Report of the Indian Hemp Drugs Commission, 1894-1895 - Volume VII
Year: 1894
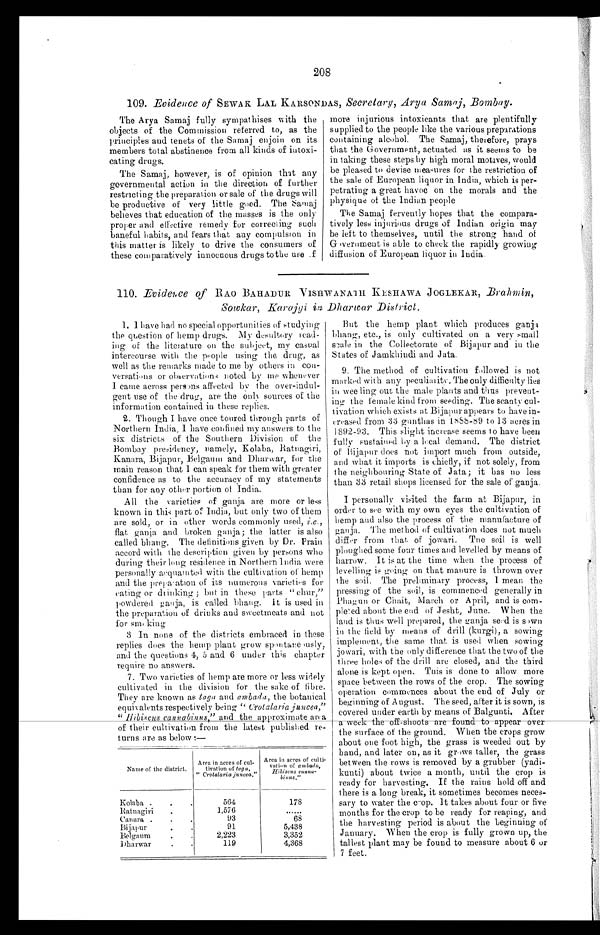
208
109. Evidence of SEWAR LAL KARSONDAS, Secretary, Arya Samaj, Bombay.
The Arya Samaj fully sympathises with the
objects of the Commission referred to, as the
principles and tenets of the Samaj enjoin on its
members total abstinence from all kinds of intoxi-
cating drugs.
The Samaj, however, is of opinion that any
governmental action in the direction of further
restricting the preparation or sale of the drugs will
be productive of very little good. The Samaj
believes that education of the masses is the only
proper and effective remedy for correcting such
baneful habits, and fears that any compulsion in
this matter is likely to drive the consumers of
these comparatively innocuous drugs to the use of
more injurious intoxicants that are plentifully
supplied to the people like the various preparations
containing alcohol. The Samaj, therefore, prays
that the Government, actuated as it seems to be
in taking these steps by high moral motives, would
be pleased to devise measures for the restriction of
the sale of European liquor in India, which is per-
petrating a great havoc on the morals and the
physique of the Indian people
The Samaj fervently hopes that the compara-
tively less injurious drugs of Indian origin may
be left to themselves, until the strong hand of
Government is able to cheek the rapidly growing
diffusion of European liquor in India.
110 . Evidence of RAO BAHADUR VISHWANATH KESHAWA JOGLEKAR, Brahmin,
Sowkar, Karajgi in Dharwar District.
1.
I have had no special opportunities of studying
the question of hemp drugs. My desultory read-
ing of the literature on the subject, my casual
intercourse with the people using the drug, as
well as the remarks made to me by others in
con-versations or observations noted by me whenever
I came across persons affected by the over-indul-
gent use of the drug, are the only sources of the
information contained in these replies.
2. Though I have once toured through parts of
Northern India, I have confined my answers to the
six districts of the Southern Division of the
Bombay presidency, namely, Kolaba, Ratnagiri,
Kanara, Bijapur, Belgaum and Dharwar, for the
main reason that I can speak for them with greater
confidence as to the accuracy of my statements
than for any other portion of India.
All the varieties of ganja are more or less
known in this part of India, but only two of them
are sold, or in other words commonly used, i.e .,
flat ganja and broken ganja; the latter is also
called bhang. The definitions given by Dr. Prain
accord with the description given by persons who
during their long residence in Northern India were
personally acquainted with the cultivation of hemp
and the preparation of its numerous varieties for
eating or drinking ; but in these parts '' chur,"
powdered gauja, is called bhang. it is used in
the preparation of drinks and sweetmeats and not
for smoking
3 In none of the districts embraced in these
replies does the hemp plant grow spontaneously,
and the questions 4, 5 and 6 under this chapter
require no answers.
7. Two varieties of hemp are more or less widely
cultivated in the division for the sake of fibre.
They are known as toga and ambada, the botanical
equivalents respectively being " Crotalaria juncea,"
" Hibiscus cannabinus," and the approximate area
of their cultivation from the latest published re-
turns are as below:—
Name of the district.
Area inacres of cul-
tivation of t a g a ,
"Crotalaria juncea."
Area in acres of
c u l t i -
v a t i o n o f a m b a d a ,
Hibiscus
c a n n a -
binus."
Kolaba .
.
.
564
178
Ratnagiri
.
1,576
......
Canara .
,
.
93
68
Bijapur . .
91
5,438
Belgaum . .
2,223
3,352
Dharwar
.
.
119
4,368
But the hemp plant which produces ganja
bhang, etc., is only cultivated on a very small
seale in the Collectorate of Bijapur and in the
States of Jamkhindi and Jata.
9. The method of cultivation followed is not
marked with any peculiarity. The only difficulty lies
in wee ling out the male plants and thus prevent-
ing the female kind from seeding. The scanty cul-
tivation which exists at Bijapur appears to have in-
creased from 33 gunthas in 1888-89 to 13 acres in
1892-93. This slight increase seems to have been
fully sustained by lecal demand. The district
of Bijapur does not import much from outside,
and what it imports is chiefly, if not solely, from
the neighbouring State of Jata; it has no less
than 33 retail shops licensed for the sale of ganja.
I personally visited the farm at Bijapur, in
order to see with my own eyes the cultivation of
hemp and also the process of the manufacture of
ganja. The method of cultivation does not much
differ from that, of jowari. Tee soil is well
ploughed some four times and levelled by means of
harrow. It is at the time when the process of
levelling is going on that manure is thrown over
the soil. The preliminary process, I mean the
pressing of the soil, is commenced generally in
Phagun or Chait, March or April, and is com-
pleted about the end of Jesht, June. When the
laud is thus well prepared, the ganja seed is sown
in the field by means of drill (kurgi), a sowing
implement, the same that is used when sowing
jowari, with the only difference that the two of the
three holes of the drill are closed, and the third
alone is kept open. This is done to allow more
space between the rows of the crop. The sowing
operation commences about the end of July or
beginning of August. The seed, after it is sown, is
covered under earth by means of Balgunti. After
a w e e k t h e o f f - s h o o t s a r e f o u n d t o a p p e a r o v e r
the surface of the ground. When the crops grow
about one foot high, the grass is weeded out by
hand, and later on, as it grows taller, the grass
between the rows is removed by a grubber (yadi-
kunti) about twice a month, until the crop is
ready for harvesting. If the rains hold off and
there is a long break, it sometimes becomes neces-
sary to water the crop. It takes about four or five
months for tile crop to be ready for reaping, and
the harvesting period is about the beginning of
January. When the crop is fully grown up, the
tallest plant may be found to measure about 6 or
7 feet.